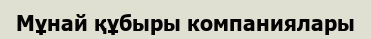
Мұнай құбыры компаниялары